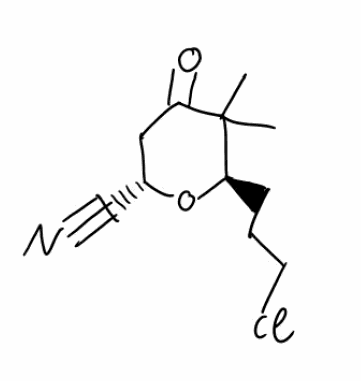
Simplified molecular-input line-entry system (SMILES) notation of the given molecule:
CC1([C@H](O[C@@H](CC1=O)C#N)CCCCl)C